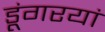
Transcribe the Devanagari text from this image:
डूंगरयां